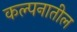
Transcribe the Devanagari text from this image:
कल्पनातील